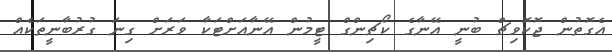
އެގޮތުން ޖޮކޮވިޗް ބުނީ އޭނާގެ ކޯޗިންގް ޓީމުން އޭނާއަށްޓަކާ ވަރަށް ގިނަ ގުރުބާނީތަކެއް